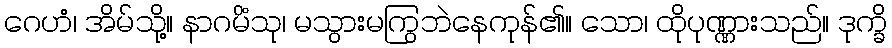
ဂေဟံ၊ အိမ်သို့။ နာဂမိံသု၊ မသွားမကြွဘဲနေကုန်၏။ သော၊ ထိုပုဏ္ဏားသည်။ ဒုက္ခိ